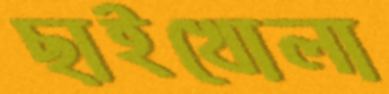
ছাইখোলা